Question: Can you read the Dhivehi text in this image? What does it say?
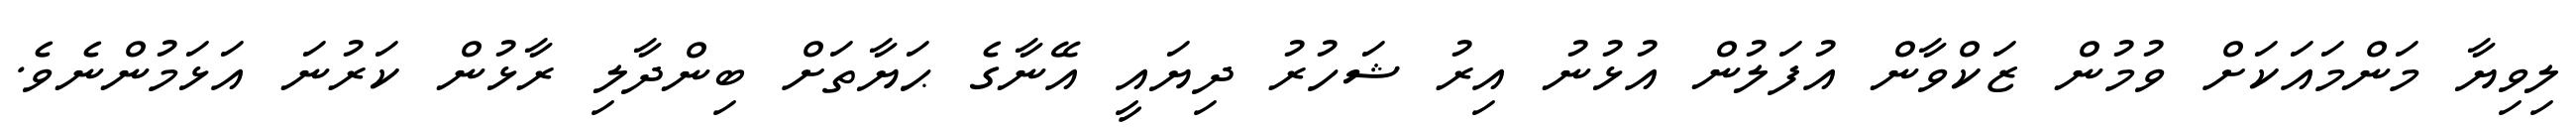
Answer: ލިވިޔާ މަންމައަކަށް ވުމުން ޒަކްވާން އުފަލުން އުޅުނު އިރު ޝަހުރު ދިޔައީ އޭނާގެ ޙަޔާތަށް ބިންދާލި ރާޅުން ކަރުނަ އަޅަމުންނެވެ.